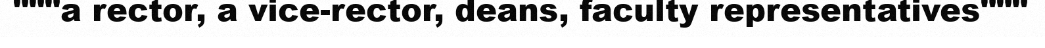
"""a rector, a vice-rector, deans, faculty representatives"""